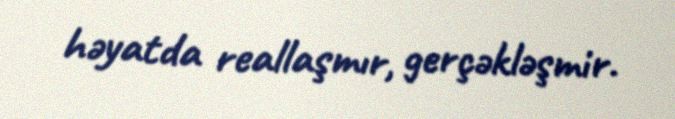
həyatda reallaşmır, gerçəkləşmir.